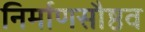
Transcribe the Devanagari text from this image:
निर्माणसौष्ठव